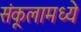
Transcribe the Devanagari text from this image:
संकूलामध्ये